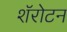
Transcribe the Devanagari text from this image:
शॅरोटन